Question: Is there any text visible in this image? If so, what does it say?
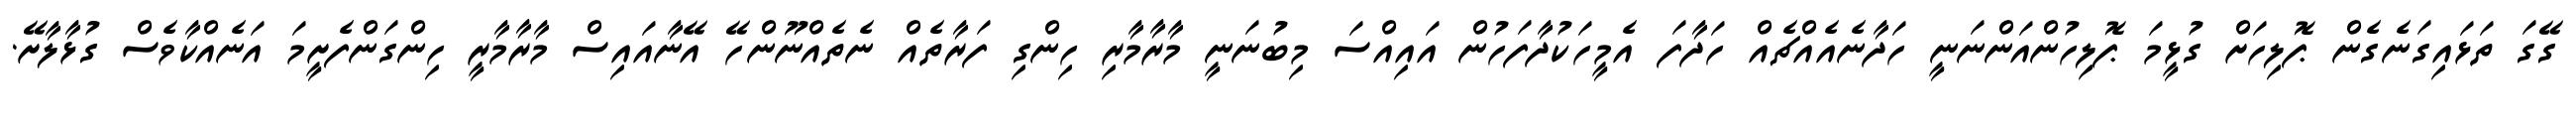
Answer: ގޭގަ ތަޅައިގަނެގެން ޕޮލިހަށް ގުޅީމަ ޕޮލިހުންއަންނަނީ ހަދާނެއެއްޗެއް ހަދާފަ އެމީހަކުދާފަހުން އައިއްސަ މިބުނަނީ މާރާމާރި ހިންގި ފަރާތެއް ނެތެއްނޫންހޭ އޭނާއައިސް މާރާމާރީ ހިންގަންފެށީމަ އަނެއްކާވެސް ގުޅާލާށޭ.